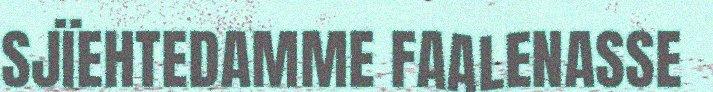
SJÏEHTEDAMME FAALENASSE